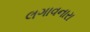
લગાવનારા